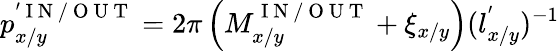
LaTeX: p_{x/y}^{'\mathrm{~I~N~/~O~U~T~}}=2\pi\left(M_{x/y}^{\mathrm{~I~N~/~O~U~T~}}+\xi_{x/y}\right)(l_{x/y}^{'})^{-1}